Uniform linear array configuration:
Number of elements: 8
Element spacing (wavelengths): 0.5
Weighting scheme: hann
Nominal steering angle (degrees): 60
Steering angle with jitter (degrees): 58.359
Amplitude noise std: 0.05
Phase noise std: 0.05

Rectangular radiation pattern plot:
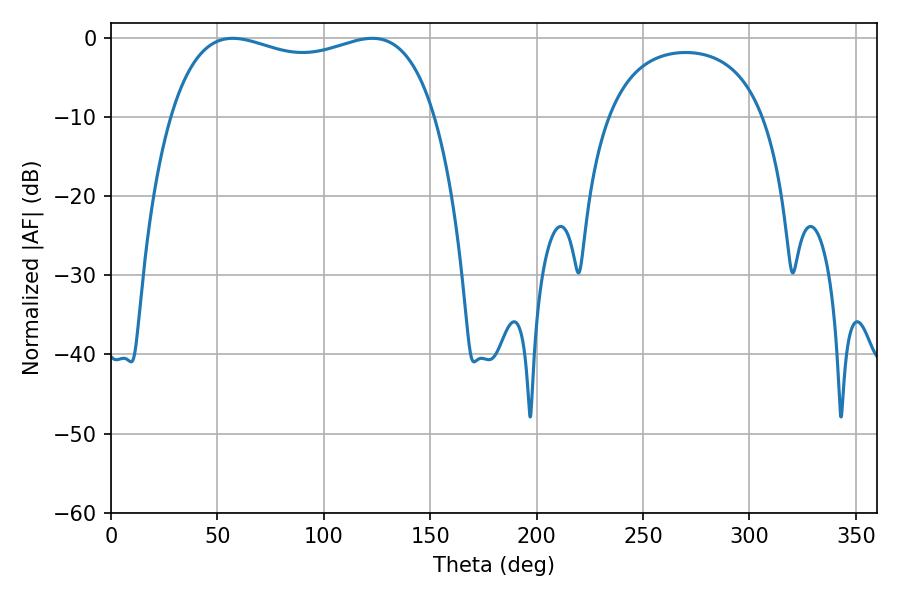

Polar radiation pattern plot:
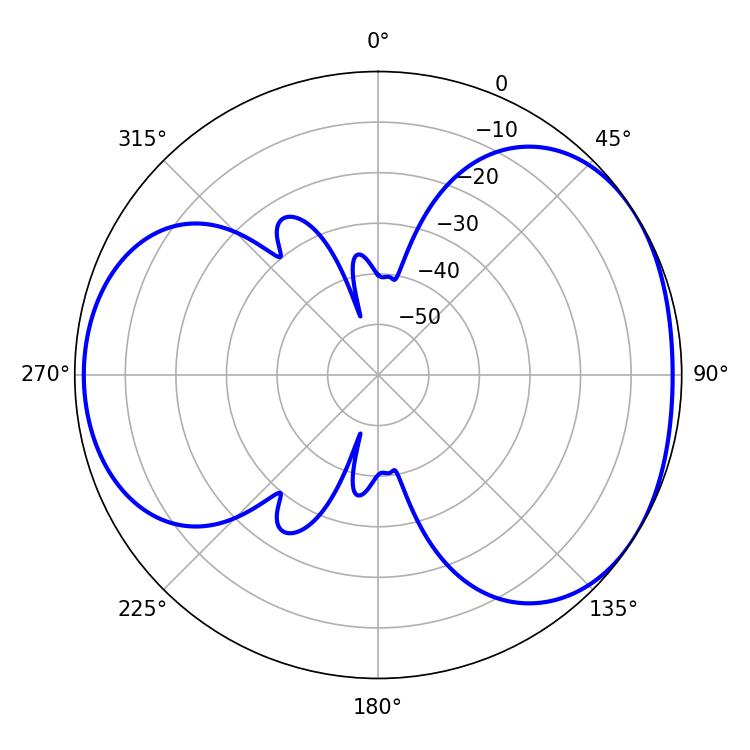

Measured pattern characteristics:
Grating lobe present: FALSE
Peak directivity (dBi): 4.064
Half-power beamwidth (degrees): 101.52
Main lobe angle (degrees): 57.24